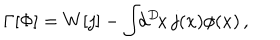
\Gamma [ \Phi ] = W [ j ] - \int \! \! d ^ { D } \! x \, j ( x ) \phi ( x ) \, ,